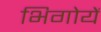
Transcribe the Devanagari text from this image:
भिगोयें